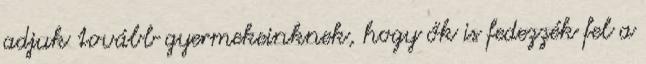
adjuk tovább gyermekeinknek, hogy ők is fedezzék fel a